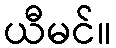
ယီမင်။